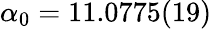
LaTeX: \alpha_{0}=11.0775(19)